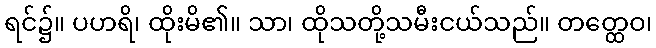
ရင်၌။ ပဟရိ၊ ထိုးမိ၏။ သာ၊ ထိုသတို့သမီးငယ်သည်။ တတ္ထေဝ၊